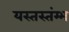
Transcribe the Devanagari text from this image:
यस्तस्तंम्भ